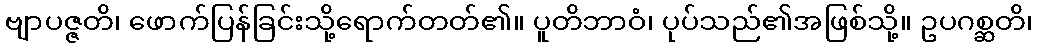
ဗျာပဇ္ဇတိ၊ ဖောက်ပြန်ခြင်းသို့ရောက်တတ်၏။ ပူတိဘာဝံ၊ ပုပ်သည်၏အဖြစ်သို့။ ဥပဂစ္ဆတိ၊